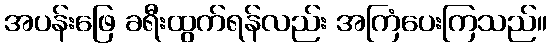
အပန်းဖြေ ခရီးထွက်ရန်လည်း အကြံပေးကြသည်။